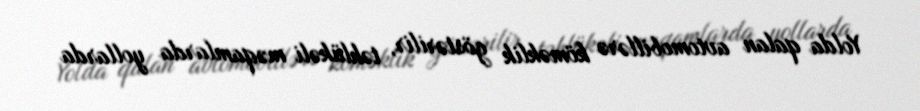
Yolda qalan avtomobillərə köməklik göstərilir, təhlükəli məqamlarda yollarda